Lunatic asylums in Bengal annual reports 1899-1911 - 1899-1911
Year: 1899
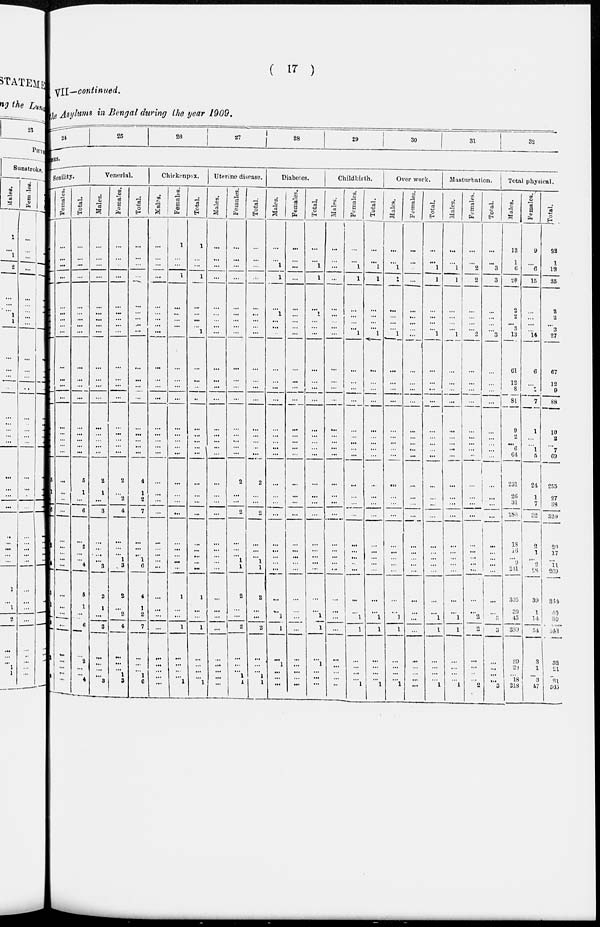
( 17 )
VII—continued.
the Asylums in Bengal during the year 1909.
24
25
26
27
28
29
30
31
32
DISEASES.
Senility-
Males.
...
...
...
...
...
...
...
...
...
...
...
...
...
...
...
... ...
...
5
1
...
6
...
2
...
4
5
1
...
6
2
...
...
...
4
Females.
...
...
...
...
...
...
...
...
...
...
...
...
...
...
...
... ...
...
...
...
...
...
...
...
...
...
...
...
...
...
...
...
... ...
...
Total.
...
...
...
...
...
...
...
...
...
...
...
...
...
...
...
...
...
...
5
1
...
6
...
2
...
4
5
1
...
6
2
...
...
...
4
Venerial.
Males.
...
...
...
...
...
...
... ...
...
...
...
...
...
...
...
...
...
...
2
1
...
3
...
...
...
3
2
1
...
3
...
...
...
...
3
Females.
...
...
...
...
...
...
...
...
...
...
...
...
...
...
...
...
...
...
2
...
2
4
...
...
1
3
2
...
2
4
...
...
... 1
3
Total.
...
...
...
...
...
...
... ...
...
...
...
...
...
...
...
...
...
...
4
1
2
7
...
...
1
6
4
1
2
7
...
...
... 1
6
Chickenpox.
Males.
...
...
...
...
...
...
...
...
...
...
...
...
...
...
...
...
...
...
...
...
...
...
...
...
...
...
...
...
...
...
...
...
...
...
...
Females.
1
...
...
1
...
...
...
...
1
...
...
...
...
...
...
...
...
...
...
...
...
...
...
...
...
...
1
...
...
1
...
...
... ...
1
Total.
1
...
...
1
...
...
... ...
1
...
...
...
...
...
...
...
...
...
...
...
...
...
...
...
...
...
1
...
...
1
...
...
...
...
1
Uterine disease.
Males.
...
...
...
...
...
...
... ...
...
...
...
...
...
...
...
...
...
...
...
...
...
...
...
...
...
...
...
...
...
...
...
...
...
...
...
Females.
...
...
...
...
...
...
...
...
...
...
...
...
...
...
...
...
...
...
2
...
...
2
...
...
1
1
2
...
...
2
...
...
... 1
1
Total.
...
...
...
...
...
...
...
...
...
...
...
...
...
...
...
...
...
2
...
...
2
...
...
1
1
2
...
...
2
...
...
... 1
1
Diabetes.
Males.
...
...
1
1
1
1
...
...
...
...
...
...
...
...
...
...
...
...
...
...
...
...
...
...
...
...
...
...
1
1
...
1
...
...
...
Females.
...
...
...
...
...
...
...
...
...
...
...
...
...
...
...
...
...
...
...
...
...
...
...
...
...
...
...
...
...
...
...
...
...
...
...
Total.
...
...
1
1
1
1
...
...
...
...
...
...
...
...
...
...
...
...
...
...
...
...
...
...
...
...
...
...
1
1
...
1
...
...
...
Childbirth.
Males.
...
...
...
...
...
...
... ...
...
...
...
...
...
...
...
... ...
...
...
...
...
...
...
...
...
...
...
...
...
...
...
...
... ...
...
Females.
...
...
1
1
...
...
...
...
1
...
...
...
...
...
...
...
...
...
...
...
...
...
...
...
...
...
...
...
1
1
...
...
...
...
1
Total.
...
...
1
1
...
...
...
...
1
...
...
...
...
...
...
...
...
...
...
...
...
...
...
...
...
...
...
...
1
1
...
...
...
...
1
Over work.
Males.
...
...
1
1
...
...
...
...
1
...
...
...
...
...
...
...
...
...
...
...
...
...
...
...
...
...
...
...
1
1
...
...
... ...
1
Females.
...
...
...
...
...
...
...
...
...
...
...
...
...
...
...
...
...
...
...
...
...
...
...
...
...
...
...
...
...
...
...
...
...
...
Total.
...
...
1
1
...
...
...
...
1
...
...
...
...
...
...
...
...
...
...
...
...
...
...
...
...
...
...
...
1
1
...
...
... ...
1
Masturbation.
Males.
...
...
1
1
...
...
... ...
1
...
...
...
...
...
...
...
...
...
...
...
...
...
...
...
...
...
...
...
1
1
...
...
... ...
1
Females.
...
...
2
2
...
...
...
...
2
...
...
...
...
...
...
...
...
...
...
...
...
...
...
...
...
...
...
...
2
2
...
...
... ...
2
Total.
...
...
3
3
...
...
...
...
3
...
...
...
...
...
...
... ...
...
...
...
...
...
...
...
...
...
...
...
3
3
...
...
...
...
3
Total physical.
Males.
13
1
6
20
2
2
... 3
13
61
12
8
81
9
2
...
6
64
231
26
31
288
18
16
9
241
305
39
45
389
29
20
... 18
218
Females.
9
...
6
15
...
...
...
...
14
6
...
1
7
1
...
...
1
5
24
1
7
32
2
1
2
28
39
1
14
54
3
1
...
3
47
Total.
22
1
12
35
2
2
... 3
27
67
12
9
88
10
2
... 7
69
255
27
38
320
20
17
11
269
344
49
39
443
32
21
...
21
365